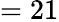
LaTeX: =21